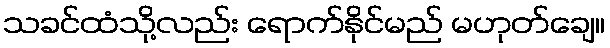
သခင်ထံသို့လည်း ရောက်နိုင်မည် မဟုတ်ချေ။